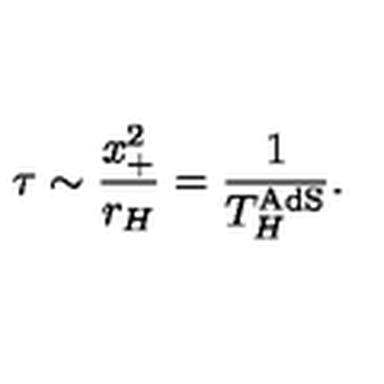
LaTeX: \tau \sim \frac { x _ { + } ^ { 2 } } { r _ { H } } = \frac { 1 } { T _ { H } ^ { \mathrm { A d S } } } .